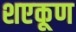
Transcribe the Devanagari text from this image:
शएकूण